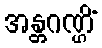
အန္တဂဏ္ဌိံ